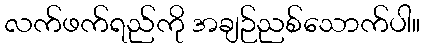
လက်ဖက်ရည်ကို အချဉ်ညစ်သောက်ပါ။